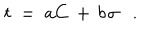
LaTeX: t ~ = ~ a C \, + \, b \; \! \sigma .